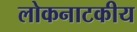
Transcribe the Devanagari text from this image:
लोकनाटकीय